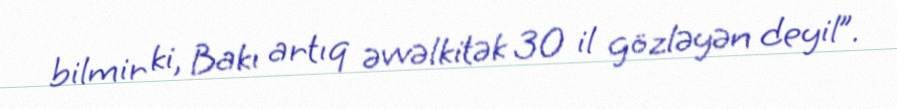
bilmir ki, Bakı artıq əvvəlkitək 30 il gözləyən deyil”.